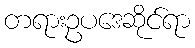
တရားဥပဒေဆိုင်ရာ